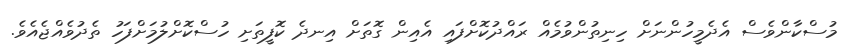
މުސްކާންވެސް އެދެމީހުންނަށް ހިނިތުންވުމެއް ރައްދުކޮށްފައި އެއިން ގޮތަށް އިނދެ ކޮފީތަށި ހުސްކޮށްލުމަށްފަހު ތެދުވެއްޖެއެވެ.